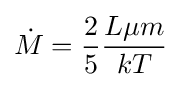
{\dot {M}}={\frac {2}{5}}{\frac {L\mu m}{kT}}